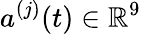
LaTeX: a^{(j)}(t)\in\mathbb{R}^{9}